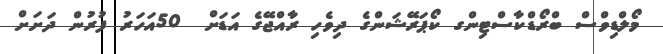
މޯލްޑިވްސް ބްރޯޑްކާސްޓިންގ ކޯޕަރޭޝަންގެ ދިވެހި ރާއްޖޭގެ އަޑަށް  50އަހަރު ފުރުން ދަށަށް